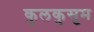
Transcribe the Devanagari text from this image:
कुलकुसुम